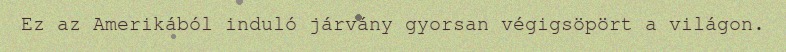
Ez az Amerikából induló járvány gyorsan végigsöpört a világon.